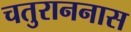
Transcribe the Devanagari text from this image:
चतुराननास